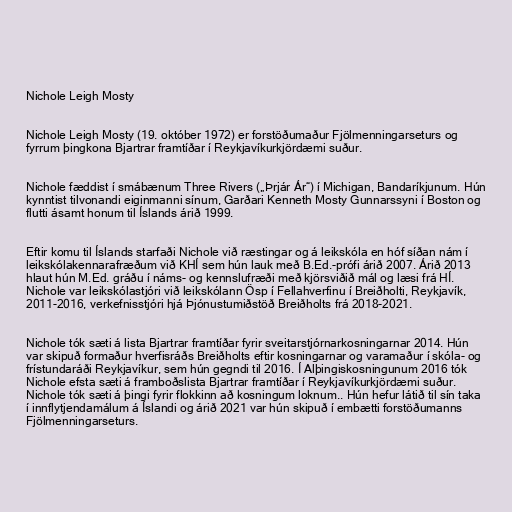
Nichole Leigh Mosty

Nichole Leigh Mosty (19. október 1972) er forstöðumaður Fjölmenningarseturs og
fyrrum þingkona Bjartrar framtíðar í Reykjavíkurkjördæmi suður.

Nichole fæddist í smábænum Three Rivers („Þrjár Ár“) í Michigan, Bandaríkjunum. Hún
kynntist tilvonandi eiginmanni sínum, Garðari Kenneth Mosty Gunnarssyni í Boston og
flutti ásamt honum til Íslands árið 1999.

Eftir komu til Íslands starfaði Nichole við ræstingar og á leikskóla en hóf síðan nám í
leikskólakennarafræðum við KHÍ sem hún lauk með B.Ed.-prófi árið 2007. Árið 2013
hlaut hún M.Ed. gráðu í náms- og kennslufræði með kjörsviðið mál og læsi frá HÍ.
Nichole var leikskólastjóri við leikskólann Ösp í Fellahverfinu í Breiðholti, Reykjavík,
2011-2016, verkefnisstjóri hjá Þjónustumiðstöð Breiðholts frá 2018-2021.

Nichole tók sæti á lista Bjartrar framtíðar fyrir sveitarstjórnarkosningarnar 2014. Hún
var skipuð formaður hverfisráðs Breiðholts eftir kosningarnar og varamaður í skóla- og
frístundaráði Reykjavíkur, sem hún gegndi til 2016. Í Alþingiskosningunum 2016 tók
Nichole efsta sæti á framboðslista Bjartrar framtíðar í Reykjavíkurkjördæmi suður.
Nichole tók sæti á þingi fyrir flokkinn að kosningum loknum.. Hún hefur látið til sín taka
í innflytjendamálum á Íslandi og árið 2021 var hún skipuð í embætti forstöðumanns
Fjölmenningarseturs.